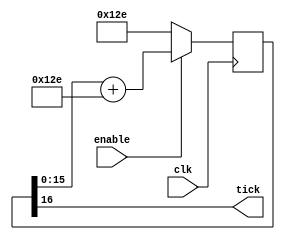
////////////////////////////////////////////////////////
// RS-232 RX and TX module
// (c) fpga4fun.com & KNJN LLC - 2003 to 2013

// The RS-232 settings are fixed
// TX: 8-bit data, 2 stop, no-parity
// RX: 8-bit data, 1 stop, no-parity (the receiver can accept more stop bits of course)

//`define SIMULATION   // in this mode, TX outputs one bit per clock cycle
                       // and RX receives one bit per clock cycle (for fast simulations)

////////////////////////////////////////////////////////
module BaudTickGen(
	input clk, enable,
	output tick  // generate a tick at the specified baud rate * oversampling
);
parameter ClkFrequency = 25000000;
parameter Baud = 115200;
parameter Oversampling = 1;

function integer log2(input integer v);
	begin 
		log2=0;
		while(v>>log2) log2=log2+1; 
	end 
 endfunction

localparam AccWidth = log2(ClkFrequency/Baud)+8;  // +/- 2% max timing error over a byte

reg [AccWidth:0] Acc = 0;

localparam ShiftLimiter = log2(Baud*Oversampling >> (31-AccWidth));  // this makes sure Inc calculation doesn't overflow
localparam Inc = ((Baud*Oversampling << (AccWidth-ShiftLimiter))+(ClkFrequency>>(ShiftLimiter+1)))/(ClkFrequency>>ShiftLimiter);

always @(posedge clk) if(enable) Acc <= Acc[AccWidth-1:0] + Inc[AccWidth:0]; else Acc <= Inc[AccWidth:0];
assign tick = Acc[AccWidth];
endmodule

////////////////////////////////////////////////////////